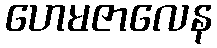
ဟေမဇာလေန